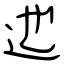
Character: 迆